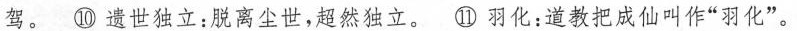
驾。⑩ 遗世独立：脱离尘世，超然独立。⑪羽化：道教把成仙叫作”羽化”。